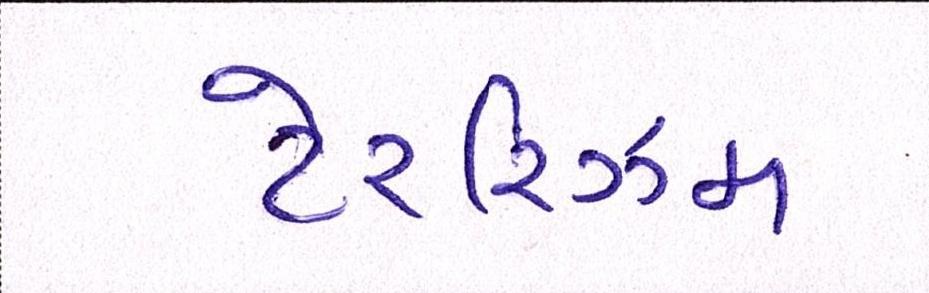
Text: ટેરરિઝમ